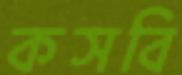
কসবি